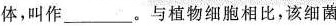
体，叫作___。与植物细胞相比，该细菌